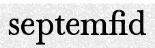
septemfid